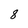
Character: 8